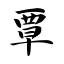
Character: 覃